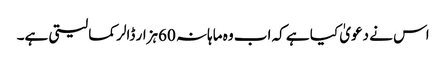
اس نے دعویٰ کیا ہے کہ اب وہ ماہانہ 60ہزار ڈالر کما لیتی ہے۔